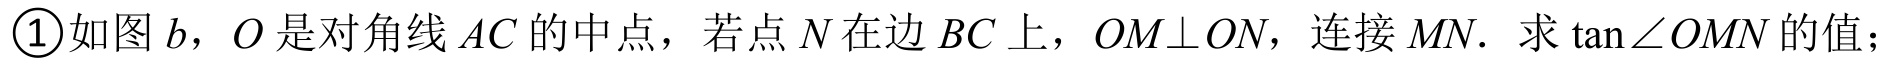
\textcircled{1}如图\(b\)，\(O\)是对角线\(AC\)的中点，若点\(N\)在边\(BC\)上，\(OM\perp ON\)，连接\(MN\)．求\(\tan\angle  OMN\)的值；